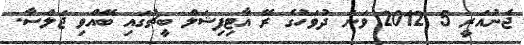
ޖެނުއަރީ 5 2012 ވަނަ ދުވަހުގެ ރޭ އާޓިފިޝަލް ބީޗުގައި ބޭއްވި ޖަލްސާ.